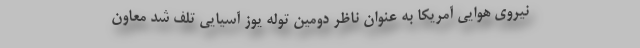
نیروی هوایی آمریکا به عنوان ناظر دومین توله یوز آسیایی تلف شد معاون